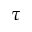
\tau